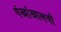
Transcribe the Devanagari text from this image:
पंखांखालची